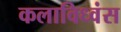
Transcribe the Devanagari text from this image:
कलाविध्वंस